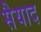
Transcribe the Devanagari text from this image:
सैयाद